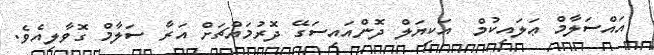
އައްސަލާމް ޢަލައިކުމް  އަކިޔަލް ދޮންއައިސަގޭ ދޮރުމައްޗަށް އަރާ ސަލާމް ގޮވާލިއެވެ.